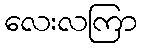
လေးလကြာ